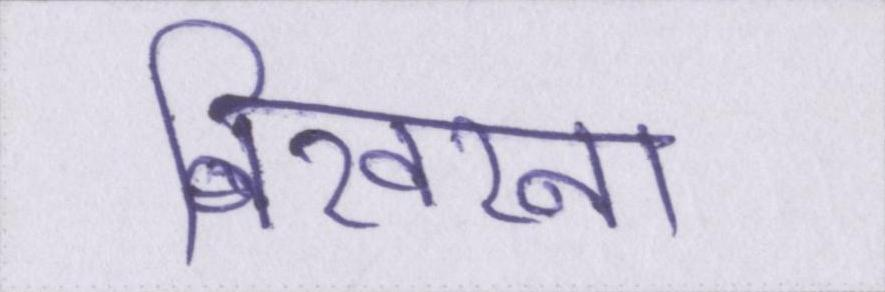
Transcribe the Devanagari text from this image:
बिखरना